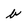
Character: b